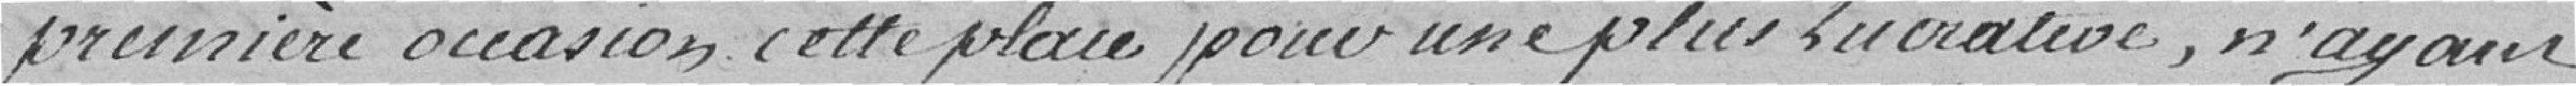
première occasion cette place pour une plus lucrative, n'ayant